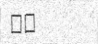
٥٣